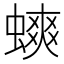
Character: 䗮